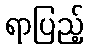
ရာပြည့်